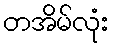
တအိမ်လုံး